Report on the working of the Ranchi Indian Mental Hospital, Kanke, in Bihar and Orissa - 1930-1940
Year: 1930
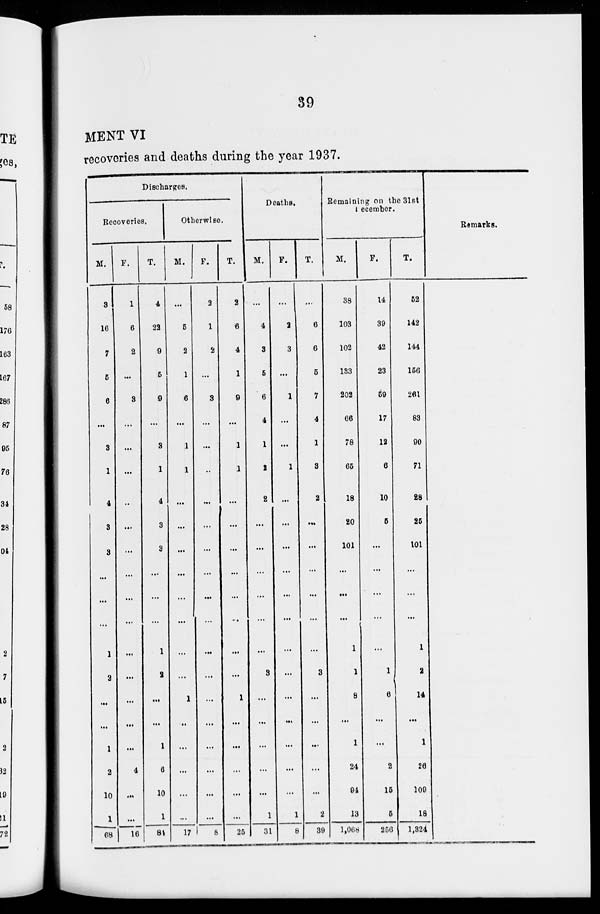
39
MENT VI
recoveries and deaths during the year 1937.
Discharges.
Recoveries.
M.
3
16
7
5
6
...
3
1
4
3
3
...
...
...
1
2
...
...
1
2
10
1
68
F.
1
6
2
...
3
...
...
...
...
...
...
...
...
...
...
...
...
...
...
4
...
...
16
T.
4
22
9
5
9
...
3
1
4
3
3
...
...
...
1
2
...
...
1
6
10
1
84
Otherwise.
M.
...
5
2
1
6
...
1
1
...
...
...
...
...
...
...
...
1
...
...
...
...
...
17
F.
2
1
2
...
3
...
...
...
...
...
...
...
...
...
...
...
...
...
...
...
...
...
8
T.
2
6
4
1
9
...
1
1
...
...
...
...
...
...
...
...
1
...
...
...
...
...
25
Deaths.
M.
...
4
3
5
6
4
1
2
2
...
...
...
...
...
...
3
...
...
...
...
...
1
31
F.
...
2
3
...
1
...
...
1
...
...
...
...
...
...
...
...
...
...
...
...
...
1
8
T.
...
6
6
5
7
4
1
3
2
...
...
...
...
...
...
3
...
...
...
...
...
2
39
Remaining on the 31st
December.
M.
38
103
102
133
202
66
78
65
18
20
101
...
...
...
1
1
8
...
1
24
94
13
1,068
F.
14
39
42
23
59
17
12
6
10
5
...
...
...
...
...
1
6
...
...
2
15
5
256
T.
62
142
144
156
261
83
90
71
28
25
101
...
...
...
1
2
14
...
1
26
109
18
1,324
Remarks.